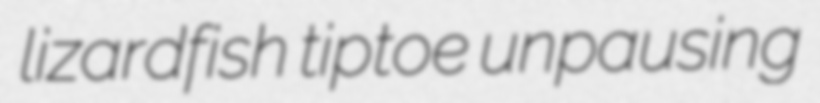
lizardfish tiptoe unpausing